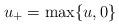
LaTeX: \begin{align*}u_+=\max\{u,0\}\end{align*}